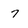
Character: 7